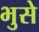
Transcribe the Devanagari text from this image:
भुसे